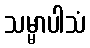
သမ္မာပါသံ